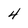
Character: 4